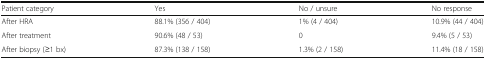
| Patient category | Yes | No / unsure | No response |
 | --- | --- | --- | --- |
 | After HRA | 88.1% (356 / 404) | 1% (4 / 404) | 10.9% (44 / 404) |
 | After treatment | 90.6% (48 / 53) | 0 | 9.4% (5 / 53) |
 | After biopsy (≥1 bx) | 87.3% (138 / 158) | 1.3% (2 / 158) | 11.4% (18 / 158) |